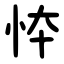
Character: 㤒